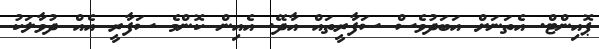
ޕޮއިންޓް. އެތަނަށް އަބަދުވެސް ސަފާރީތައް އާދޭ. އެއިން ކޮންމެ ސަފާރީ އެއް ދުވާލަކު